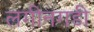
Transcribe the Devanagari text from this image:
लगीनगडी